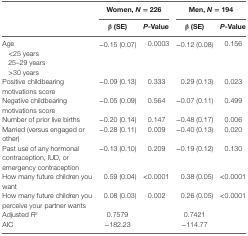
|  | <COLSPAN=2> Women, N = 226 | <COLSPAN=2> Men, N = 194 |
 |  | β (SE) | P-Value | β (SE) | P-Value |
 | --- | --- | --- | --- | --- |
 | Age | −0.15 (0.07) | 0.0003 | −0.12 (0.08) | 0.156 |
 | <COLSPAN=5> <25 years |
 | <COLSPAN=5> 25–29 years |
 | <COLSPAN=5> >30 years |
 | Positive childbearing motivations score | −0.09 (0.13) | 0.333 | 0.29 (0.13) | 0.023 |
 | Negative childbearing motivations score | −0.05 (0.09) | 0.564 | −0.07 (0.11) | 0.499 |
 | Number of prior live births | −0.20 (0.14) | 0.147 | −0.48 (0.17) | 0.006 |
 | Married (versus engaged or other) | −0.28 (0.11) | 0.009 | −0.40 (0.13) | 0.020 |
 | Past use of any hormonal contraception, IUD, or emergency contraception | −0.13 (0.10) | 0.209 | −0.19 (0.12) | 0.130 |
 | How many future children you want | 0.59 (0.04) | <0.0001 | 0.38 (0.05) | <0.0001 |
 | How many future children you perceive your partner wants | 0.08 (0.03) | 0.002 | 0.26 (0.05) | <0.0001 |
 | Adjusted R2 | 0.7579 |  | 0.7421 |  |
 | AIC | −182.23 |  | −114.77 |  |